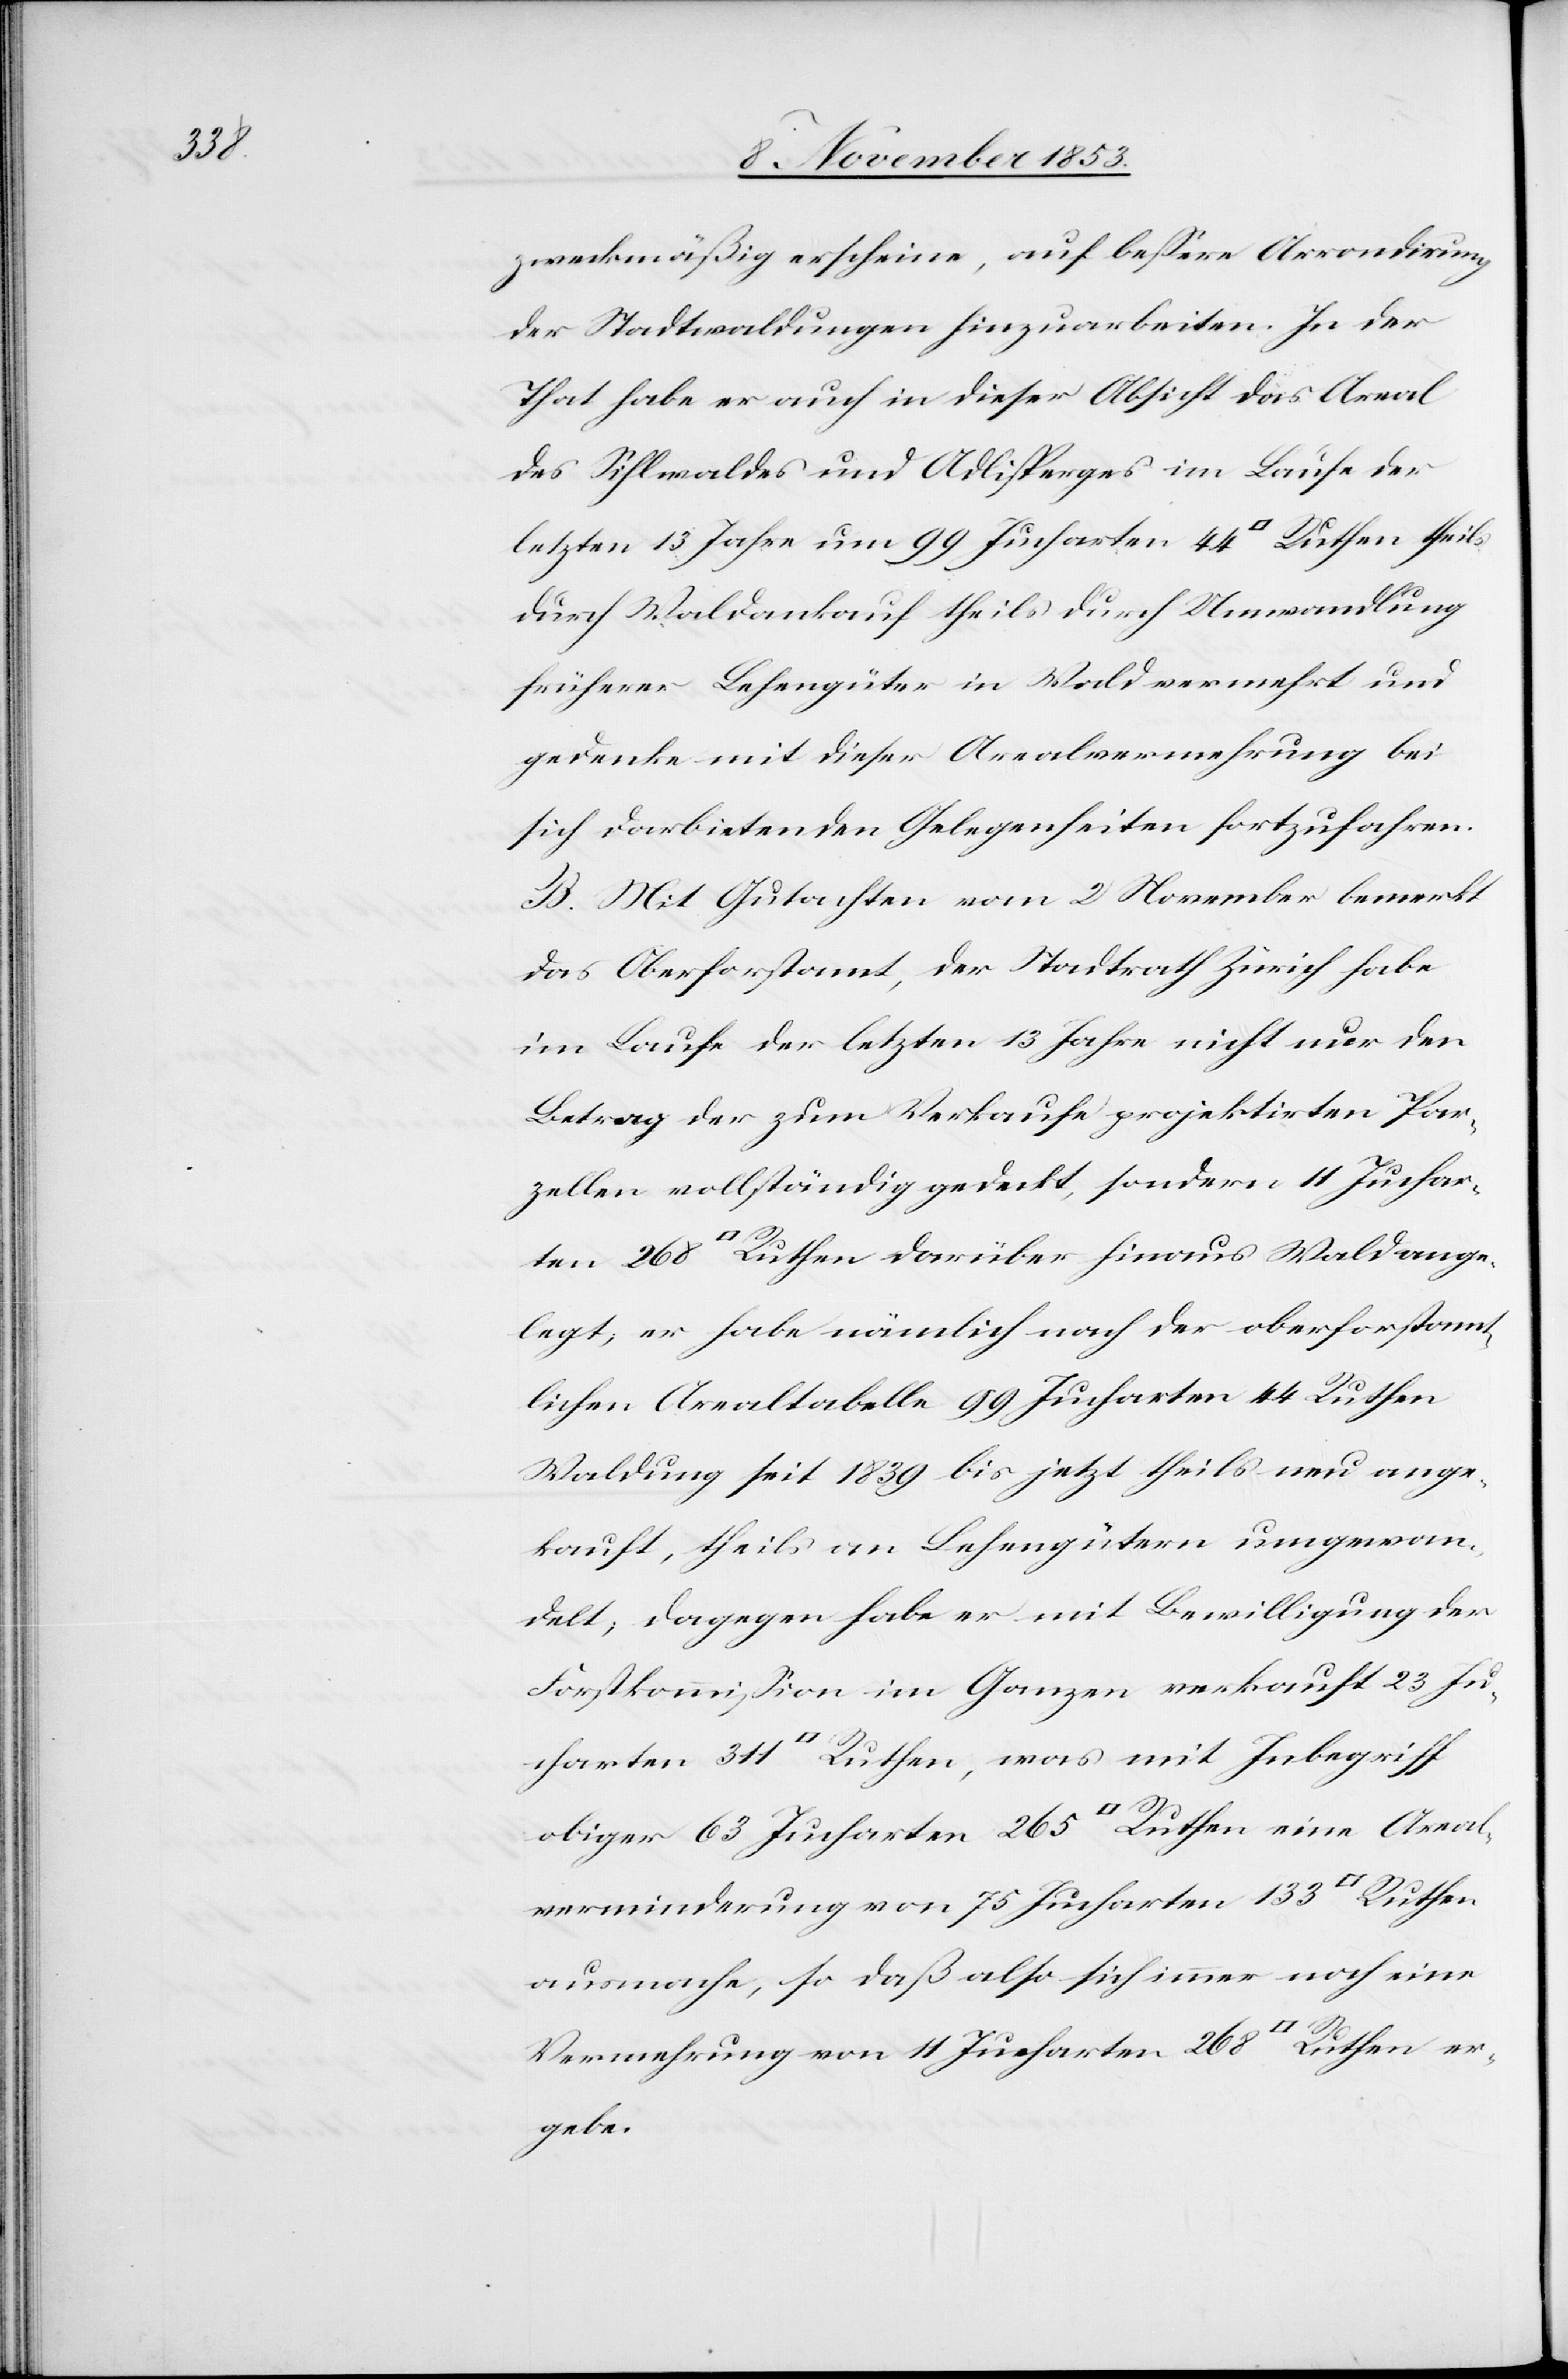
durch

zweckmäßig erscheine, auf beßere Arrondirung
der Stadtwaldungen hinzuarbeiten. In der
That habe er auch in dieser Absicht das Areal
des Sihlwaldes und Adlisperges im Laufe der
letzten 13 Jahre um 99 Jucharten 44 Quadrat Ruthen theils
durch Waldankauf theils durch Umwandlung
frührer Lehngüter in Wald vermehrt und
gedenke mit dieser Arealvermehrung bei
sich darbietenden Gelegenheiten fortzufahren.
B. Mit Gutachten vom 2 November bemerkt
das Oberforstamt, der Stadtrath Zürich habe
im Laufe der letzten 13 Jahre nicht nur den
Betrag der zum Verkaufe projektirten Par¬
zellen vollständig gedeckt, sondern 11 Juchar¬
ten 268 Quadrat Ruthen darüber hinaus Wald ange¬
legt, er habe nämlich nach der oberforstam¬
tlichen Arealtabelle 99 Jucharten 44 Ruthen
Waldung seit 1839 bis jetzt theils neu ange¬
kauft, theils an Lehngütern umgewan¬
delt, dagegen habe er mit Bewilligung der
Forstkommißion im Ganzen verkauft 23 Ju¬
charten 311 Quadrat Ruthen, was mit Inbegriff
obiger 63 Jucharten 265 Quadrat Ruthen eine Areal¬
verminderung von 75 Jucharten 133 Quadrat Ruthen
ausmache, so daß also sich immer noch eine
Vermehrung von 11 Jucharten 268 Quadrat Ruthen er¬
gebe.